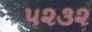
૫૨૩૨